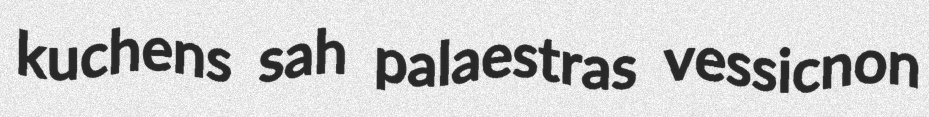
kuchens sah palaestras vessicnon